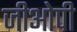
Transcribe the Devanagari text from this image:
जीओपी